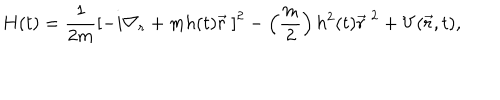
H ( t ) = \frac { 1 } { 2 m } \left[ - i { \nabla } _ { r } + m h ( t ) \vec { r } \ \right] ^ { 2 } - \left( \frac { m } { 2 } \right) h ^ { 2 } ( t ) { \vec { r } } ^ { \ 2 } + V ( \vec { r } , t ) ,